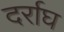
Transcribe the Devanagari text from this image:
दर्राघ